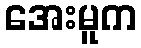
အေးမူက